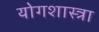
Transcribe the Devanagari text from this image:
योगशास्त्रा